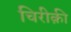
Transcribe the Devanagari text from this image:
चिरीक़ी